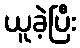
ယူခဲ့ပြီး